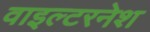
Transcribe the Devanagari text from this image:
वाइल्टरनेश